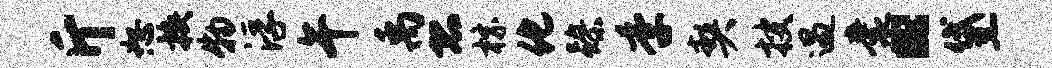
斤恕换物浮午禹恐棕化躁季契搜遇囊“黛